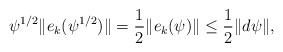
LaTeX: \begin{align*} \psi^{1/2} \|e_k(\psi^{1/2})\| = \frac{1}{2}\|e_k(\psi)\| \leq \frac{1}{2} \|d\psi\|,\end{align*}